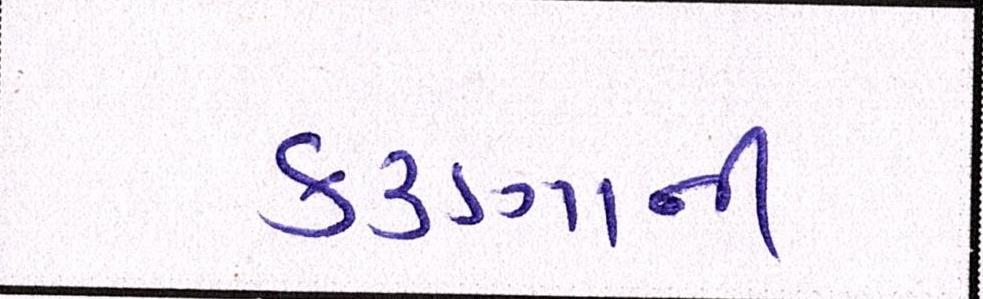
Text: કરુણાની